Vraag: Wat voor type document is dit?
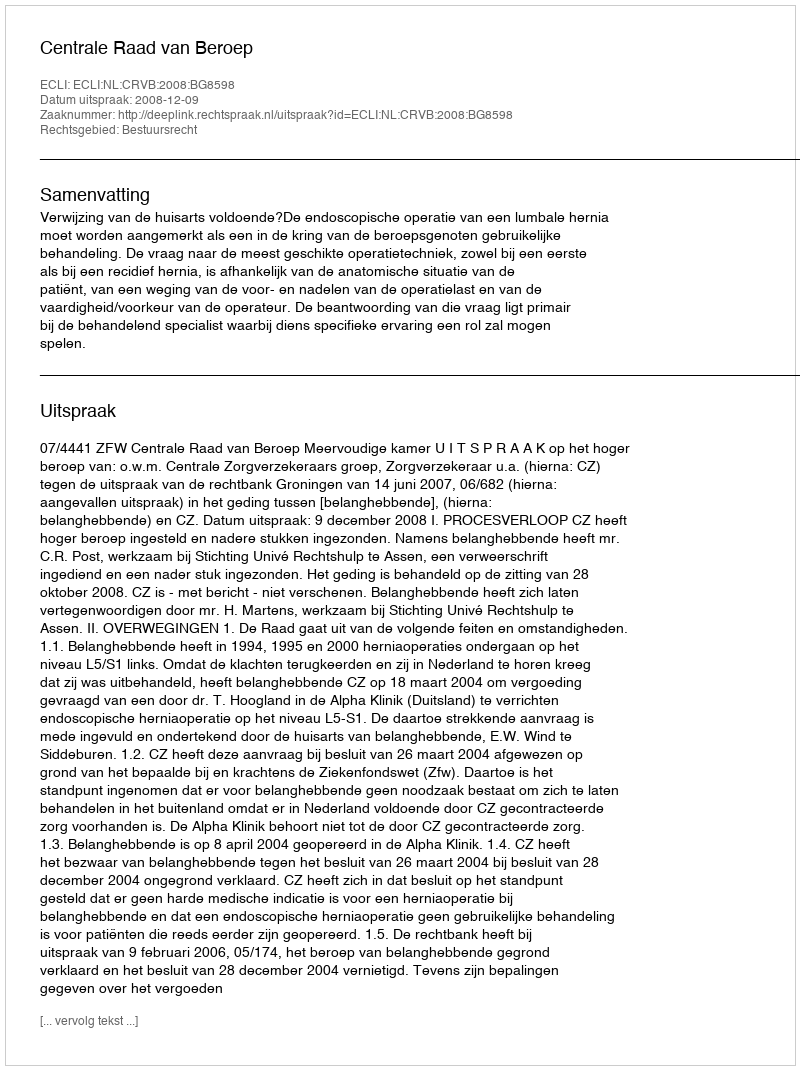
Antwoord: Uitspraak